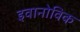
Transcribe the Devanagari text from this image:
इवानोविक